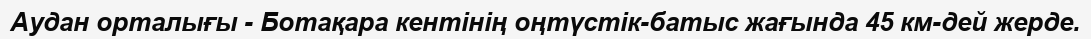
Аудан орталығы - Ботақара кентінің оңтүстік-батыс жағында 45 км-дей жерде.